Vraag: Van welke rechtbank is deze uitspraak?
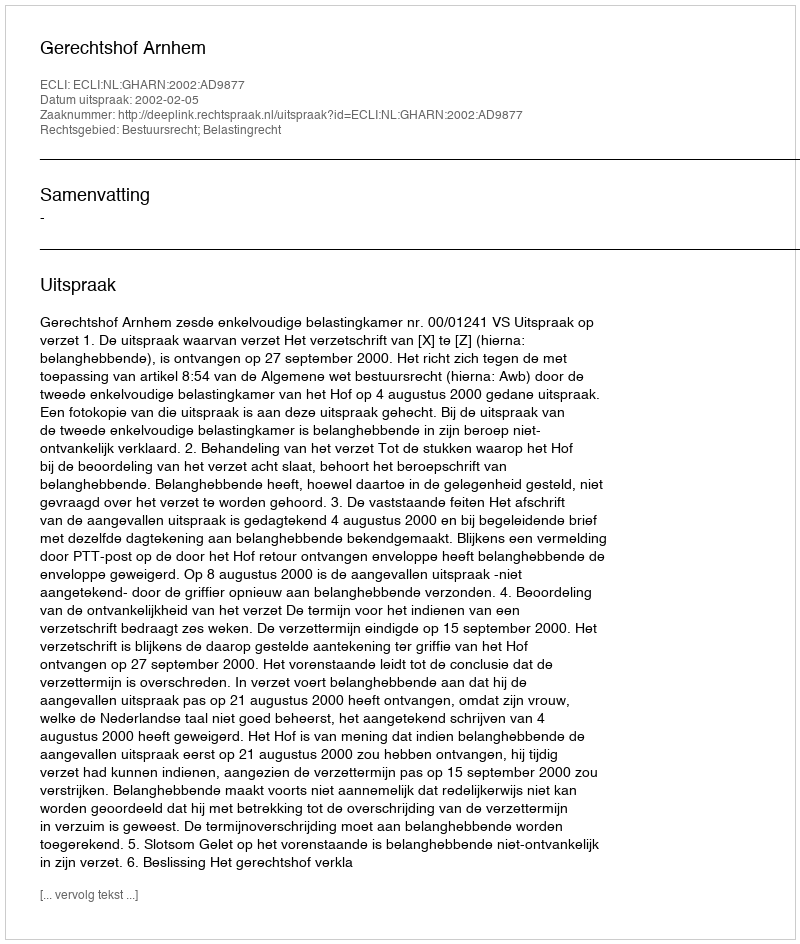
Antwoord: Gerechtshof Arnhem